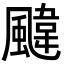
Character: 颹